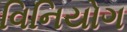
વિનિયોગ